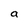
Character: a